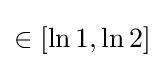
{\textstyle \in [\ln 1,\ln 2]}